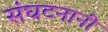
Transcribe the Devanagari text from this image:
संघटनानी